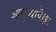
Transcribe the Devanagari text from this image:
आयुष्यापेक्षा